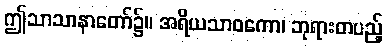
ဤသာသာနာတော်၌။ အရိယသာဝကော၊ ဘုရားတပည့်